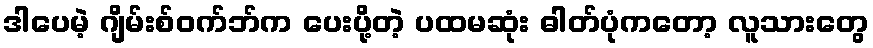
ဒါပေမဲ့ ဂျိမ်းစ်ဝက်ဘ်က ပေးပို့တဲ့ ပထမဆုံး ဓါတ်ပုံကတော့ လူသားတွေ